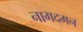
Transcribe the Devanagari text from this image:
नागदमन